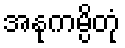
အနုကမ္ပိတုံ